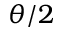
\theta / 2